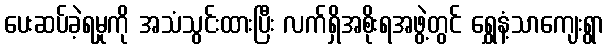
ပေးဆပ်ခဲ့ရမှုကို အသံသွင်းထားပြီး လက်ရှိအစိုးရအဖွဲ့တွင် ရွှေနံ့သာကျေးရွာ